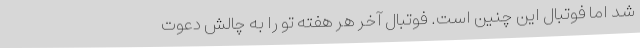
شد اما فوتبال این چنین است. فوتبال آخر هر هفته تو را به چالش دعوت